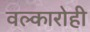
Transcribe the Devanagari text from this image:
वल्कारोही